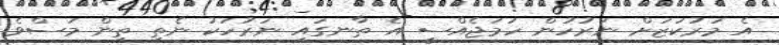
އެ މަރުކަޒަށް ނަރުހުން ހަމަޖެއްސީ އެ ތާނގައި ނަރުހަކު ނެތި ތިން މަސްވެ